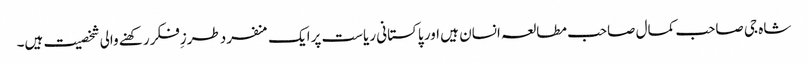
شاہ جی صاحب کمال صاحب مطالعہ انسان ہیں اور پاکستانی ریاست پرایک منفردطرزِفکررکھنے والی شخصیت ہیں۔